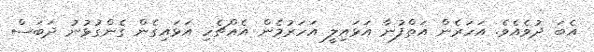
އެބަ ދުވެއެވެ. އަހަރެން އަތްފުނާ އަޅައިލީ އަހަރުމެން އެއްޗެހި އަޅައިގެން ގެންގުޅުނު ދަބަސް